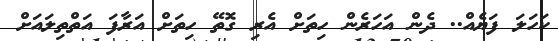
ކަހަލަ ފަޔެއް.. ދެން އަހަރެން ހިތަށް އެރި ގޮތޭ ހިތަށް އަރާފަ އަތްތިލައަށް